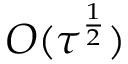
O ( \tau ^ { \frac { 1 } { 2 } } )